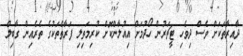
ދާއިރާތަކަށް ވެސް ދިވެހި ޓީޗަރުން ހޯދުމަށް އިއުލާންކޮށް ކުރިމަތިލި ފަރާތްތަކުގެ ތެރެއިން ގާބިލް